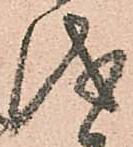
儀